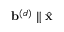
\mathbf { b } ^ { ( d ) } \parallel \hat { \mathbf { x } }